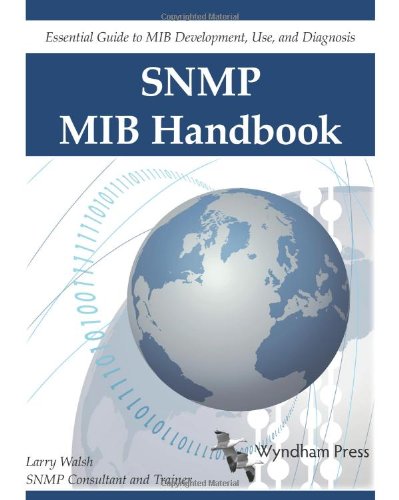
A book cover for SNMP MIB Handbook; Larry Walsh; Computers & Technology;